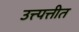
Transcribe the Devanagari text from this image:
उत्त्पत्तीत